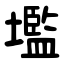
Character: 壏